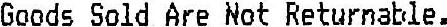
GOODS SOLD ARE NOT RETURNABLE.